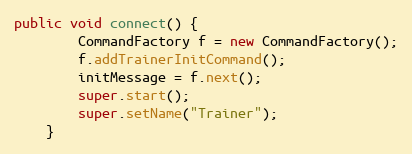
Language: Java
public void connect() {
        CommandFactory f = new CommandFactory();
        f.addTrainerInitCommand();
        initMessage = f.next();
        super.start();
        super.setName("Trainer");
    }